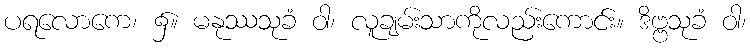
ပရလောကေ၊ ၌။ မနုဿသုခံ ဝါ၊ လူချမ်းသာကိုလည်းကောင်း။ ဒိဗ္ဗသုခံ ဝါ၊